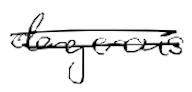
Text: dangerous
Cross-out: double-line
Writing tool: digital_black